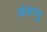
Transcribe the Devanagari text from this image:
अंशायु